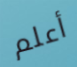
أعلم